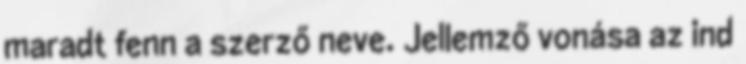
maradt fenn a szerző neve. Jellemző vonása az ind